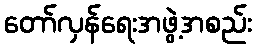
တော်လှန်ရေးအဖွဲ့အစည်း